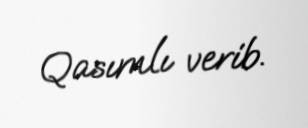
Qasımlı verib.